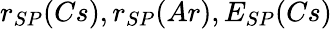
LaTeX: r_{SP}(Cs),r_{SP}(Ar),E_{SP}(Cs)